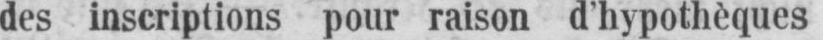
des inscriptions pour raison d’hypothèques